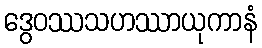
ဒွေဝဿသဟဿာယုကာနံ